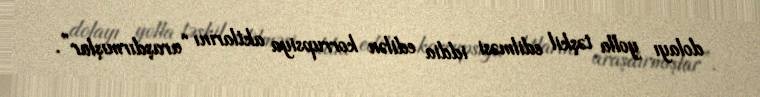
dolayı yolla təşkil edilməsi iddia edilən korrupsiya aktlarını “araşdırmışlar”.